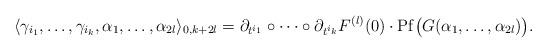
LaTeX: \begin{align*} \langle \gamma_{i_1},\dots,\gamma_{i_k}, \alpha_1,\dots,\alpha_{2l}\rangle_{0,k+2l}=\partial_{t^{i_1}}\circ\dots\circ\partial_{t^{i_k}}F^{(l)}(0)\cdot \mathrm{Pf}\big(G(\alpha_1,\dots,\alpha_{2l})\big). \end{align*}